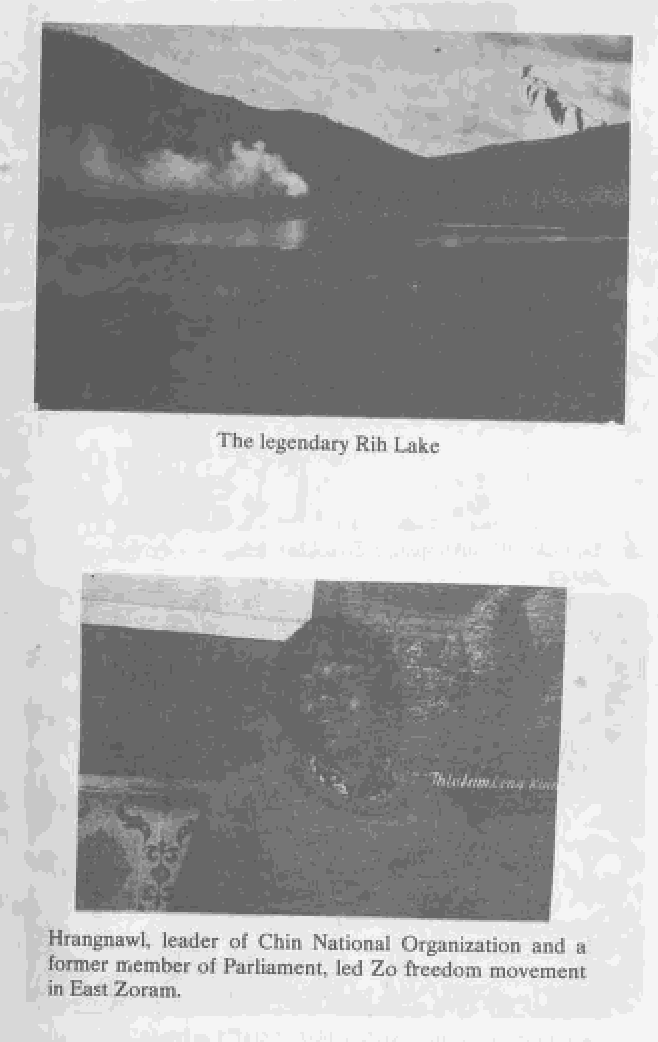
The legendary Rih Lake
 Hrangnawl, leader of Chin National Organization and a
 former member of Parliament, led Zo freedom movement
 in East Zoram.